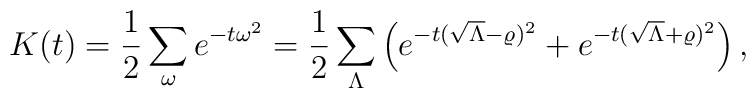
K(t)=\frac 12\sum_{\omega}e^{-t\omega^2}=\frac 12\sum_{\Lambda}\left(e^{-t(\sqrt{\Lambda}-\varrho)^2}+e^{-t(\sqrt{\Lambda}+\varrho)^2}\right),